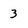
Character: 3